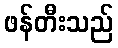
ဖန်တီးသည်